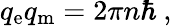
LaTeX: q_{\mathrm{e}}q_{\mathrm{m}}=2\pi n\hbar\ ,